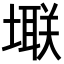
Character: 𪤚